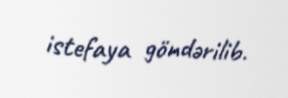
istefaya göndərilib.